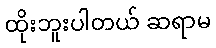
ထိုးဘူးပါတယ် ဆရာမ